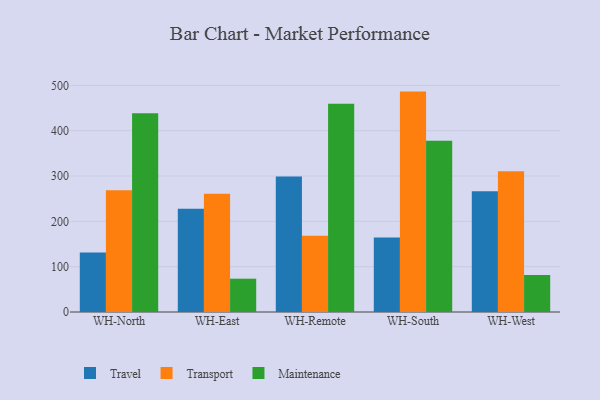
{"axis": {"x": "Warehouse", "y": "Demand Index"}, "legend": ["Maintenance", "Transport", "Travel"], "data": [{"x": "WH-North", "y": 131.2, "type": "Travel"}, {"x": "WH-North", "y": 268.4, "type": "Transport"}, {"x": "WH-North", "y": 438.5, "type": "Maintenance"}, {"x": "WH-East", "y": 227.8, "type": "Travel"}, {"x": "WH-East", "y": 260.8, "type": "Transport"}, {"x": "WH-East", "y": 73.5, "type": "Maintenance"}, {"x": "WH-Remote", "y": 298.9, "type": "Travel"}, {"x": "WH-Remote", "y": 168.5, "type": "Transport"}, {"x": "WH-Remote", "y": 459.5, "type": "Maintenance"}, {"x": "WH-South", "y": 164.6, "type": "Travel"}, {"x": "WH-South", "y": 486.3, "type": "Transport"}, {"x": "WH-South", "y": 377.9, "type": "Maintenance"}, {"x": "WH-West", "y": 266.2, "type": "Travel"}, {"x": "WH-West", "y": 310.6, "type": "Transport"}, {"x": "WH-West", "y": 81.5, "type": "Maintenance"}]}